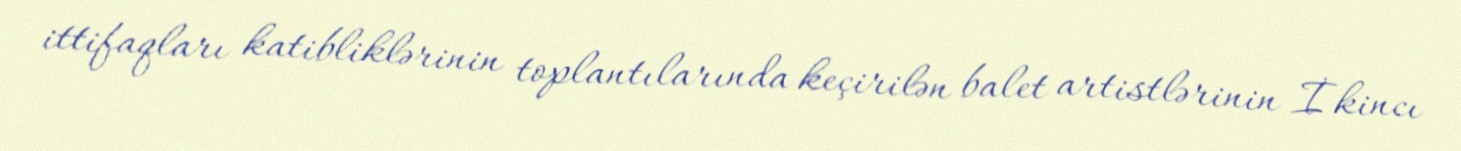
ittifaqları katibliklərinin toplantılarında keçirilən balet artistlərinin İkincı